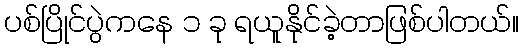
ပစ်ပြိုင်ပွဲကနေ ၁ ခု ရယူနိုင်ခဲ့တာဖြစ်ပါတယ်။